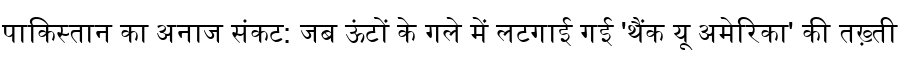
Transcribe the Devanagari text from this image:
पाकिस्तान का अनाज संकट: जब ऊंटों के गले में लटगाई गई 'थैंक यू अमेरिका' की तख़्ती